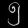
Digit: ၅